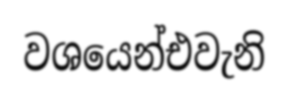
වශයෙන්එවැනි